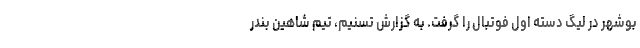
بوشهر در لیگ دسته اول فوتبال را گرفت. به گزارش تسنیم، تیم شاهین بندر